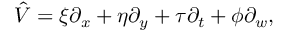
\hat { V } = \xi \partial _ { x } + \eta \partial _ { y } + \tau \partial _ { t } + \phi \partial _ { w } ,